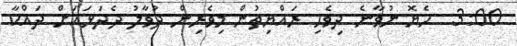
3:00  ހެޔޮ ނުވާނެ ދިވެހި ރައްޔިތުން މިވެރިން ދުވާލު ދެދަޅައަށް ދައްކާ